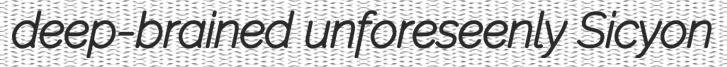
deep-brained unforeseenly Sicyon